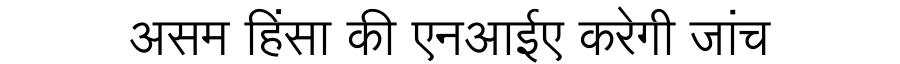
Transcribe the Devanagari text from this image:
असम हिंसा की एनआईए करेगी जांच